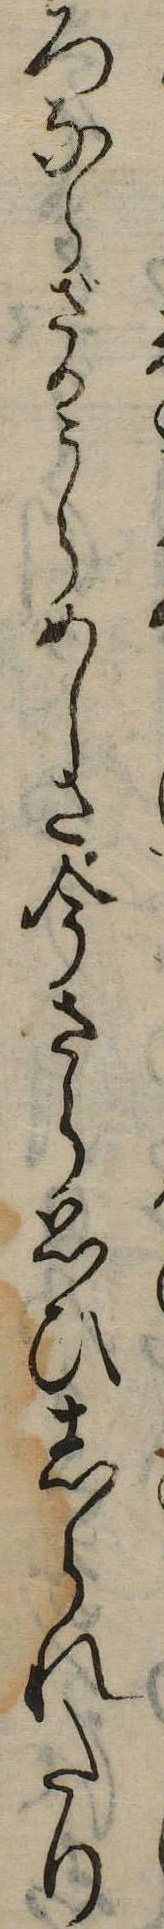
ろならざるうらめしさ今さら思ひしられたり